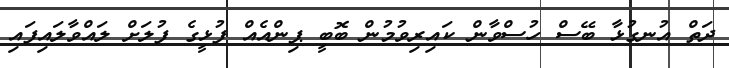
ދަތް އުނގުޅާ ބޭސް ހުސްވާން ކައިރިވުމުން ބޮބީ ޕިންއެއް ފުޅީގެ ފުލަށް ލައްވާލައިފައި